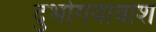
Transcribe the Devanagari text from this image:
दुर्भागयावाश